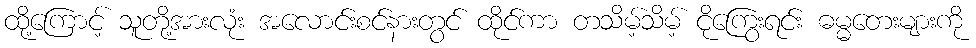
ထို့ကြောင့် သူတို့အားလုံး အလောင်းစင်နားတွင် ထိုင်ကာ တသိမ့်သိမ့် ငိုကြွေးရင်း ဓမ္မတေးများကို